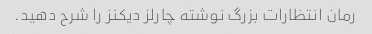
رمان انتظارات بزرگ نوشته چارلز دیکنز را شرح دهید.